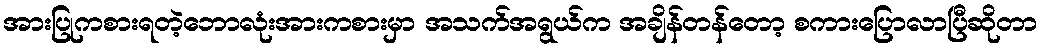
အားပြုကစားရတဲ့ဘောလုံးအားကစားမှာ အသက်အရွယ်က အချိန်တန်တော့ စကားပြောလာပြီဆိုတာ